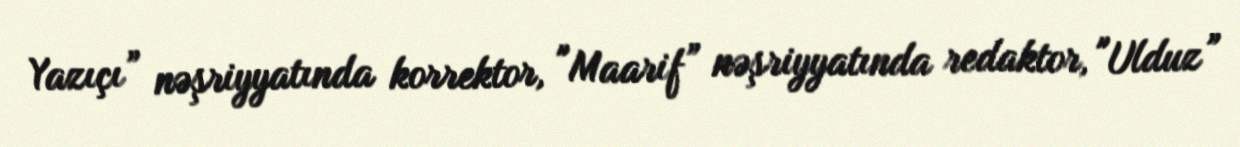
Yazıçı” nəşriyyatında korrektor, "Maarif” nəşriyyatında redaktor, "Ulduz”